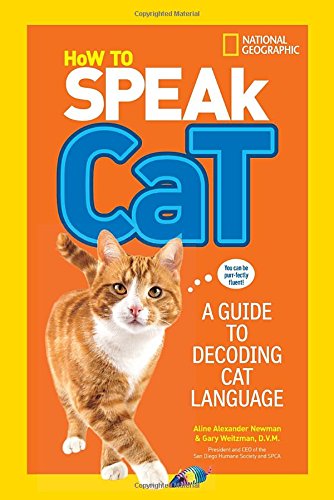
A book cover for How to Speak Cat: A Guide to Decoding Cat Language; Aline Alexander Newman; Children's Books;